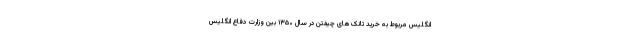
انگلیس مربوط به خرید تانک‌های چیفتن در سال ۱۳۵۰ بین وزارت دفاع انگلیس